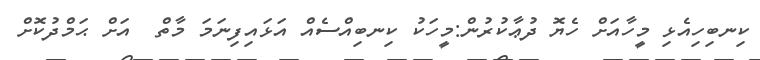
ކިނބިހިއެޅި މީހާއަށް ހެޔޮ ދުޢާކުރުން:މީހަކު ކިނބިއްސެއް އަޅައިފިނަމަ މާތް  އަށް ޙަމްދުކޮށް